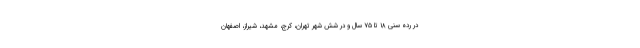
در رده سنی ۱۸ تا ۷۵ سال و در شش شهر تهران، کرج، مشهد، شیراز، اصفهان